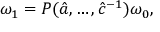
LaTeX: \omega _ { 1 } = { \cal P } ( \hat { a } , \ldots , \hat { c } ^ { - 1 } ) \omega _ { 0 } ,